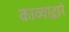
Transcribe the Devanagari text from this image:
काव्याद्वारे